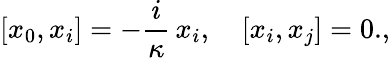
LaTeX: [x_{0},x_{i}]=-\frac{i}{\kappa}\, x_{i},\quad[x_{i},x_{j}]=0.,